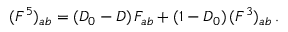
( { \cal F } ^ { 5 } ) _ { a b } = ( { \cal D } _ { 0 } - { \cal D } ) \, { \cal F } _ { a b } + ( 1 - { \cal D } _ { 0 } ) \, ( { \cal F } ^ { 3 } ) _ { a b } \, .